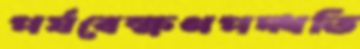
পর্যবেক্ষণপদ্ধতি